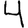
Digit: 4